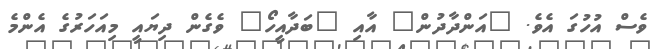
ވެސް އުހުގަ އެވެ. "އަންދާދުން" އާއި "ބަދާއީހޯ" ވެގެން ދިޔައީ މިއަހަރުގެ އެންމެ